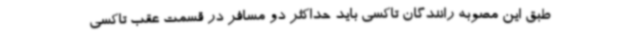
طبق این مصوبه رانندگان تاکسی باید حداکثر دو مسافر در قسمت عقب تاکسی